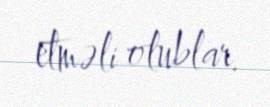
etməli olublar.